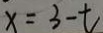
x = 3 - t